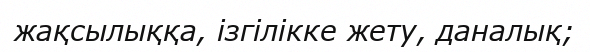
жақсылыққа, ізгілікке жету, даналық;